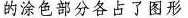
的涂色部分各占了图形